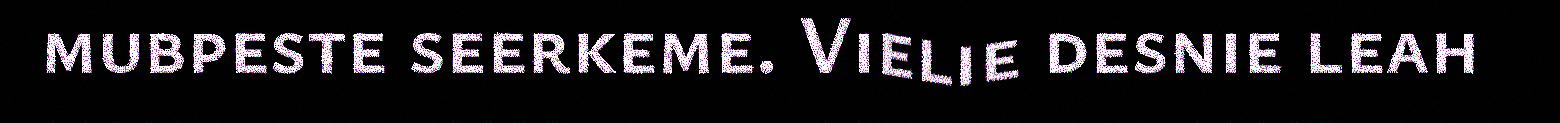
mubpeste seerkeme. Vielie desnie leah